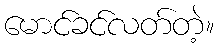
မောင်ခင်လတ်တဲ့။